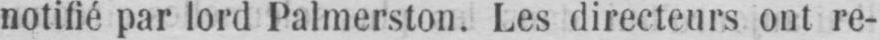
notifié par lord Palmerston. Les directeurs ont re-